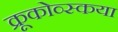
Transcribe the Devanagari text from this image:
क्रूकोव्स्कया